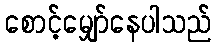
စောင့်မျှော်နေပါသည်